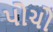
પોચો